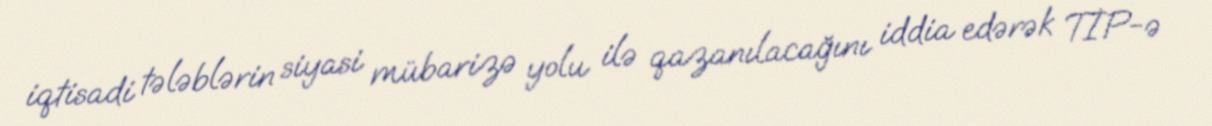
iqtisadi tələblərin siyasi mübarizə yolu ilə qazanılacağını iddia edərək TİP-ə